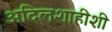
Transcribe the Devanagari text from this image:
अदिलशाहीशी